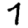
Digit: 7